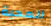
المحبة